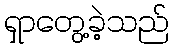
ရှာတွေ့ခဲ့သည်